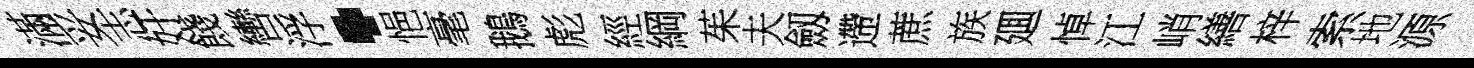
滿妥志奸餞轡浮·悒毫鵝彪經綱茱夫劔遰蔗族廽悼江峭繕梓索地源